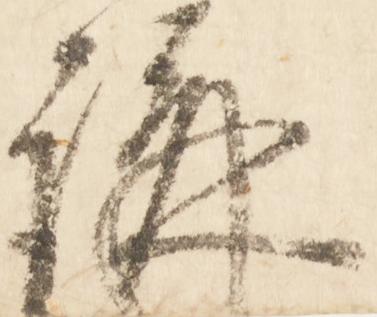
講